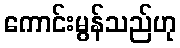
ကောင်းမွန်သည်ဟု